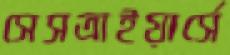
সেসত্রাইয়ার্সে